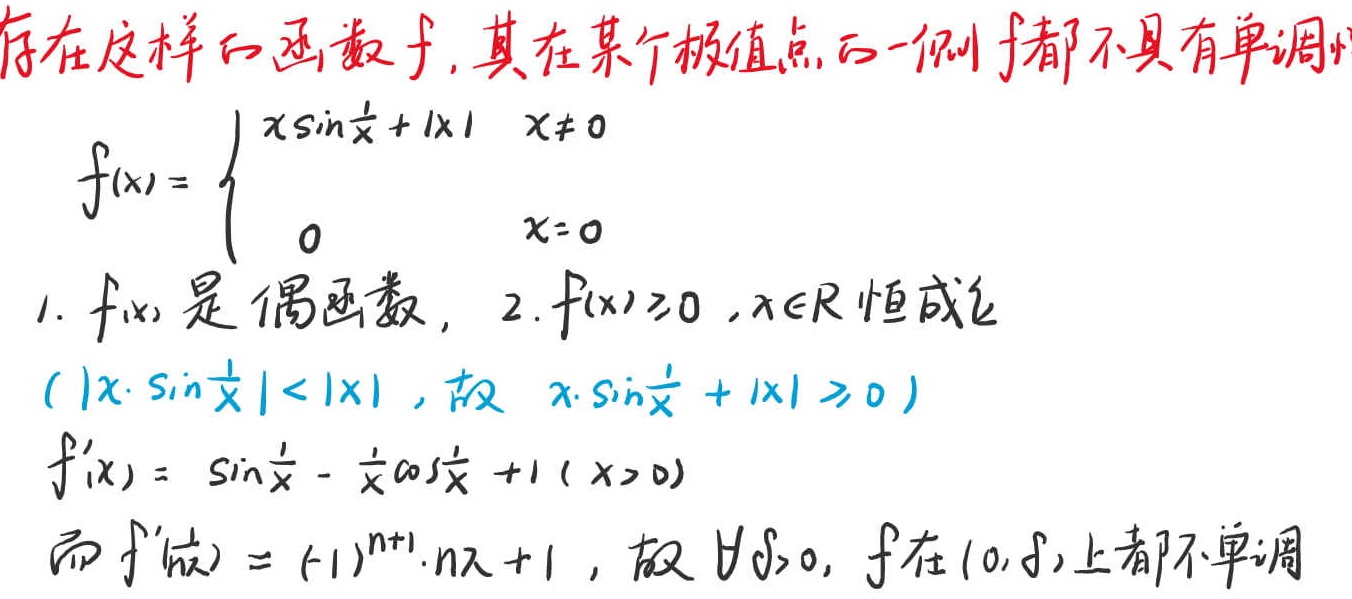
存在这样的函数$f$, 其在某个极值点的一侧$f$都不具有单调性

\[ f(x)=
\begin{cases}
x\sin\frac{1}{x}+|x| & x\neq 0 \\
0 & x = 0
\end{cases}
\]

1. $f(x)$是偶函数, 2. $f(x)\geq0,x\in\mathbb{R}$恒成立

$(|x\cdot\sin\frac{1}{x}|<|x|$, 故 $x\cdot\sin\frac{1}{x}+|x|\geq0)$

\[ f'(x)=\sin\frac{1}{x}-\frac{1}{x}\cos\frac{1}{x}+1(x > 0) \]

而 $f'(\frac{1}{n\pi})=(-1)^{n + 1}\cdot n\pi+1$, 故 $\forall\delta>0$, $f$在$(0,\delta)$上都不单调